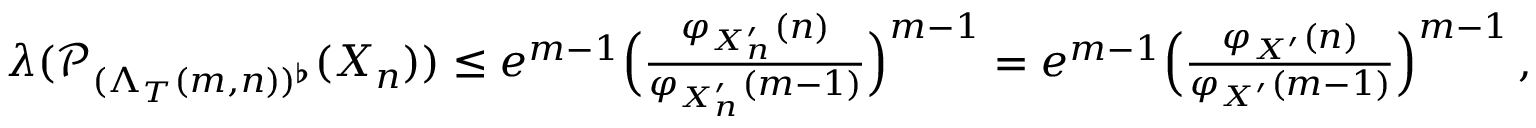
\begin{array} { r } { \boldsymbol { \lambda } ( \mathcal { P } _ { ( \Lambda _ { T } ( m , n ) ) ^ { \flat } } ( X _ { n } ) ) \leq e ^ { m - 1 } \Big ( \frac { \varphi _ { X _ { n } ^ { \prime } } ( n ) } { \varphi _ { X _ { n } ^ { \prime } } ( m - 1 ) } \Big ) ^ { m - 1 } = e ^ { m - 1 } \Big ( \frac { \varphi _ { X ^ { \prime } } ( n ) } { \varphi _ { X ^ { \prime } } ( m - 1 ) } \Big ) ^ { m - 1 } \, , } \end{array}